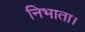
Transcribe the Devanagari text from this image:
निभाता।